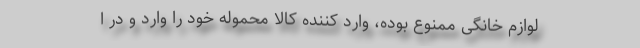
لوازم خانگی ممنوع بوده، وارد کننده کالا محموله خود را وارد و در ا